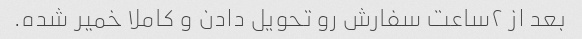
بعد از ٢ساعت سفارش رو تحویل دادن و کاملا خمیر شده.